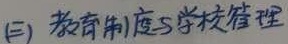
(三) 教育制度与学校管理